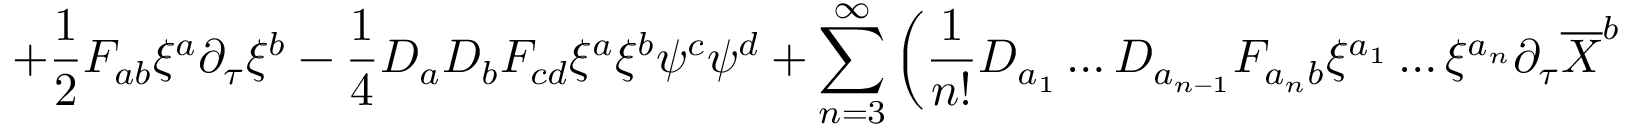
+ \frac { 1 } { 2 } F _ { a b } \xi ^ { a } \partial _ { \tau } \xi ^ { b } - \frac { 1 } { 4 } D _ { a } D _ { b } F _ { c d } \xi ^ { a } \xi ^ { b } \psi ^ { c } \psi ^ { d } + \sum _ { n = 3 } ^ { \infty } \left( \frac { 1 } { n ! } D _ { a _ { 1 } } \ldots D _ { a _ { n - 1 } } F _ { { a _ { n } } b } \xi ^ { a _ { 1 } } \ldots \xi ^ { a _ { n } } \partial _ { \tau } \overline { { { X } } } ^ { b } \right.